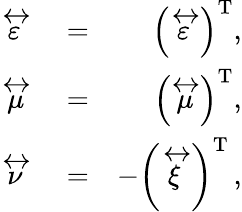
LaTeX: \begin{array}{rlr}{\stackrel{\leftrightarrow}{\varepsilon}}&{{}=}&{\left(\stackrel{\leftrightarrow}{\varepsilon}\right)^{\mathrm{T}},}\\ {\stackrel{\leftrightarrow}{\mu}}&{{}=}&{\left(\stackrel{\leftrightarrow}{\mu}\right)^{\mathrm{T}},}\\ {\stackrel{\leftrightarrow}{\nu}}&{{}=}&{-\left(\stackrel{\leftrightarrow}{\xi}\right)^{\mathrm{T}}\, ,}\end{array}